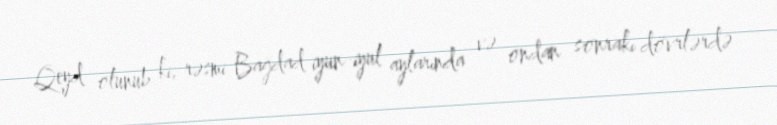
Qeyd olunub ki, rəsmi Bağdad iyun-iyul aylarında və ondan sonrakı dövrlərdə